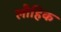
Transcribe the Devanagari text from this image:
लौहिक